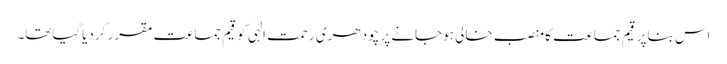
اس بناپر قیم جماعت کامنصب خالی ہوجانے پر چودھری رحمت الٰہی کو قیم جماعت مقرر کردیاگیاتھا۔